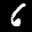
Label: 6